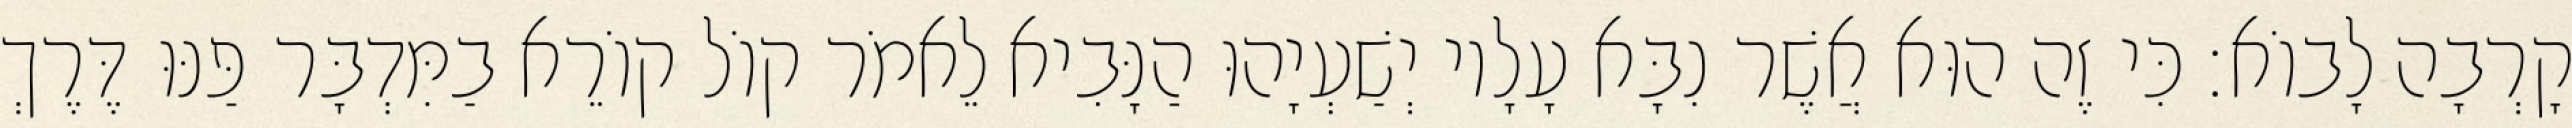
קָרְבָה לָבוֹא׃ כִּי זֶה הוּא אֲשֶׁר נִבָּא עָלָיו יְשַׁעְיָהוּ הַנָּבִיא לֵאמֹר קוֹל קוֹרֵא בַמִּדְבָּר פַּנּוּ דֶּרֶךְ